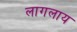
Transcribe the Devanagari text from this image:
लागलाय